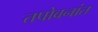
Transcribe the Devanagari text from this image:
तपोवनांत